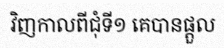
វិញកាលពីជុំទី១ គេបានផ្តួល